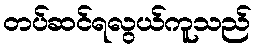
တပ်ဆင်ရလွယ်ကူသည်